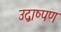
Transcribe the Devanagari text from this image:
उद्वाष्पण